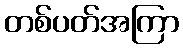
တစ်ပတ်အကြာ